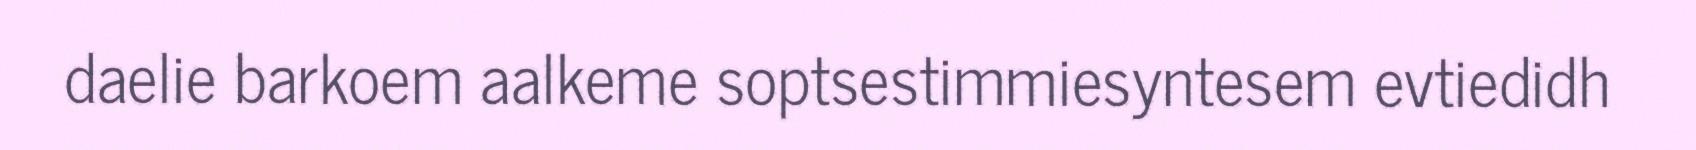
daelie barkoem aalkeme soptsestimmiesyntesem evtiedidh